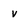
Character: v